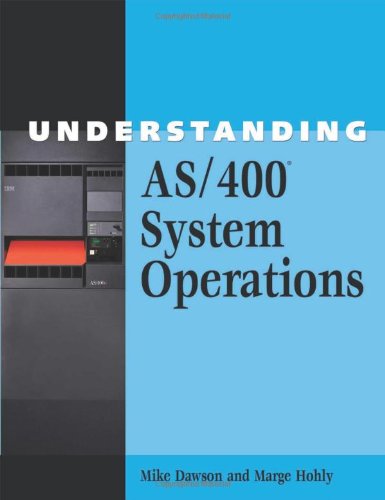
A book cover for Understanding AS/400Â® System Operations; Mike Dawson; Computers & Technology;